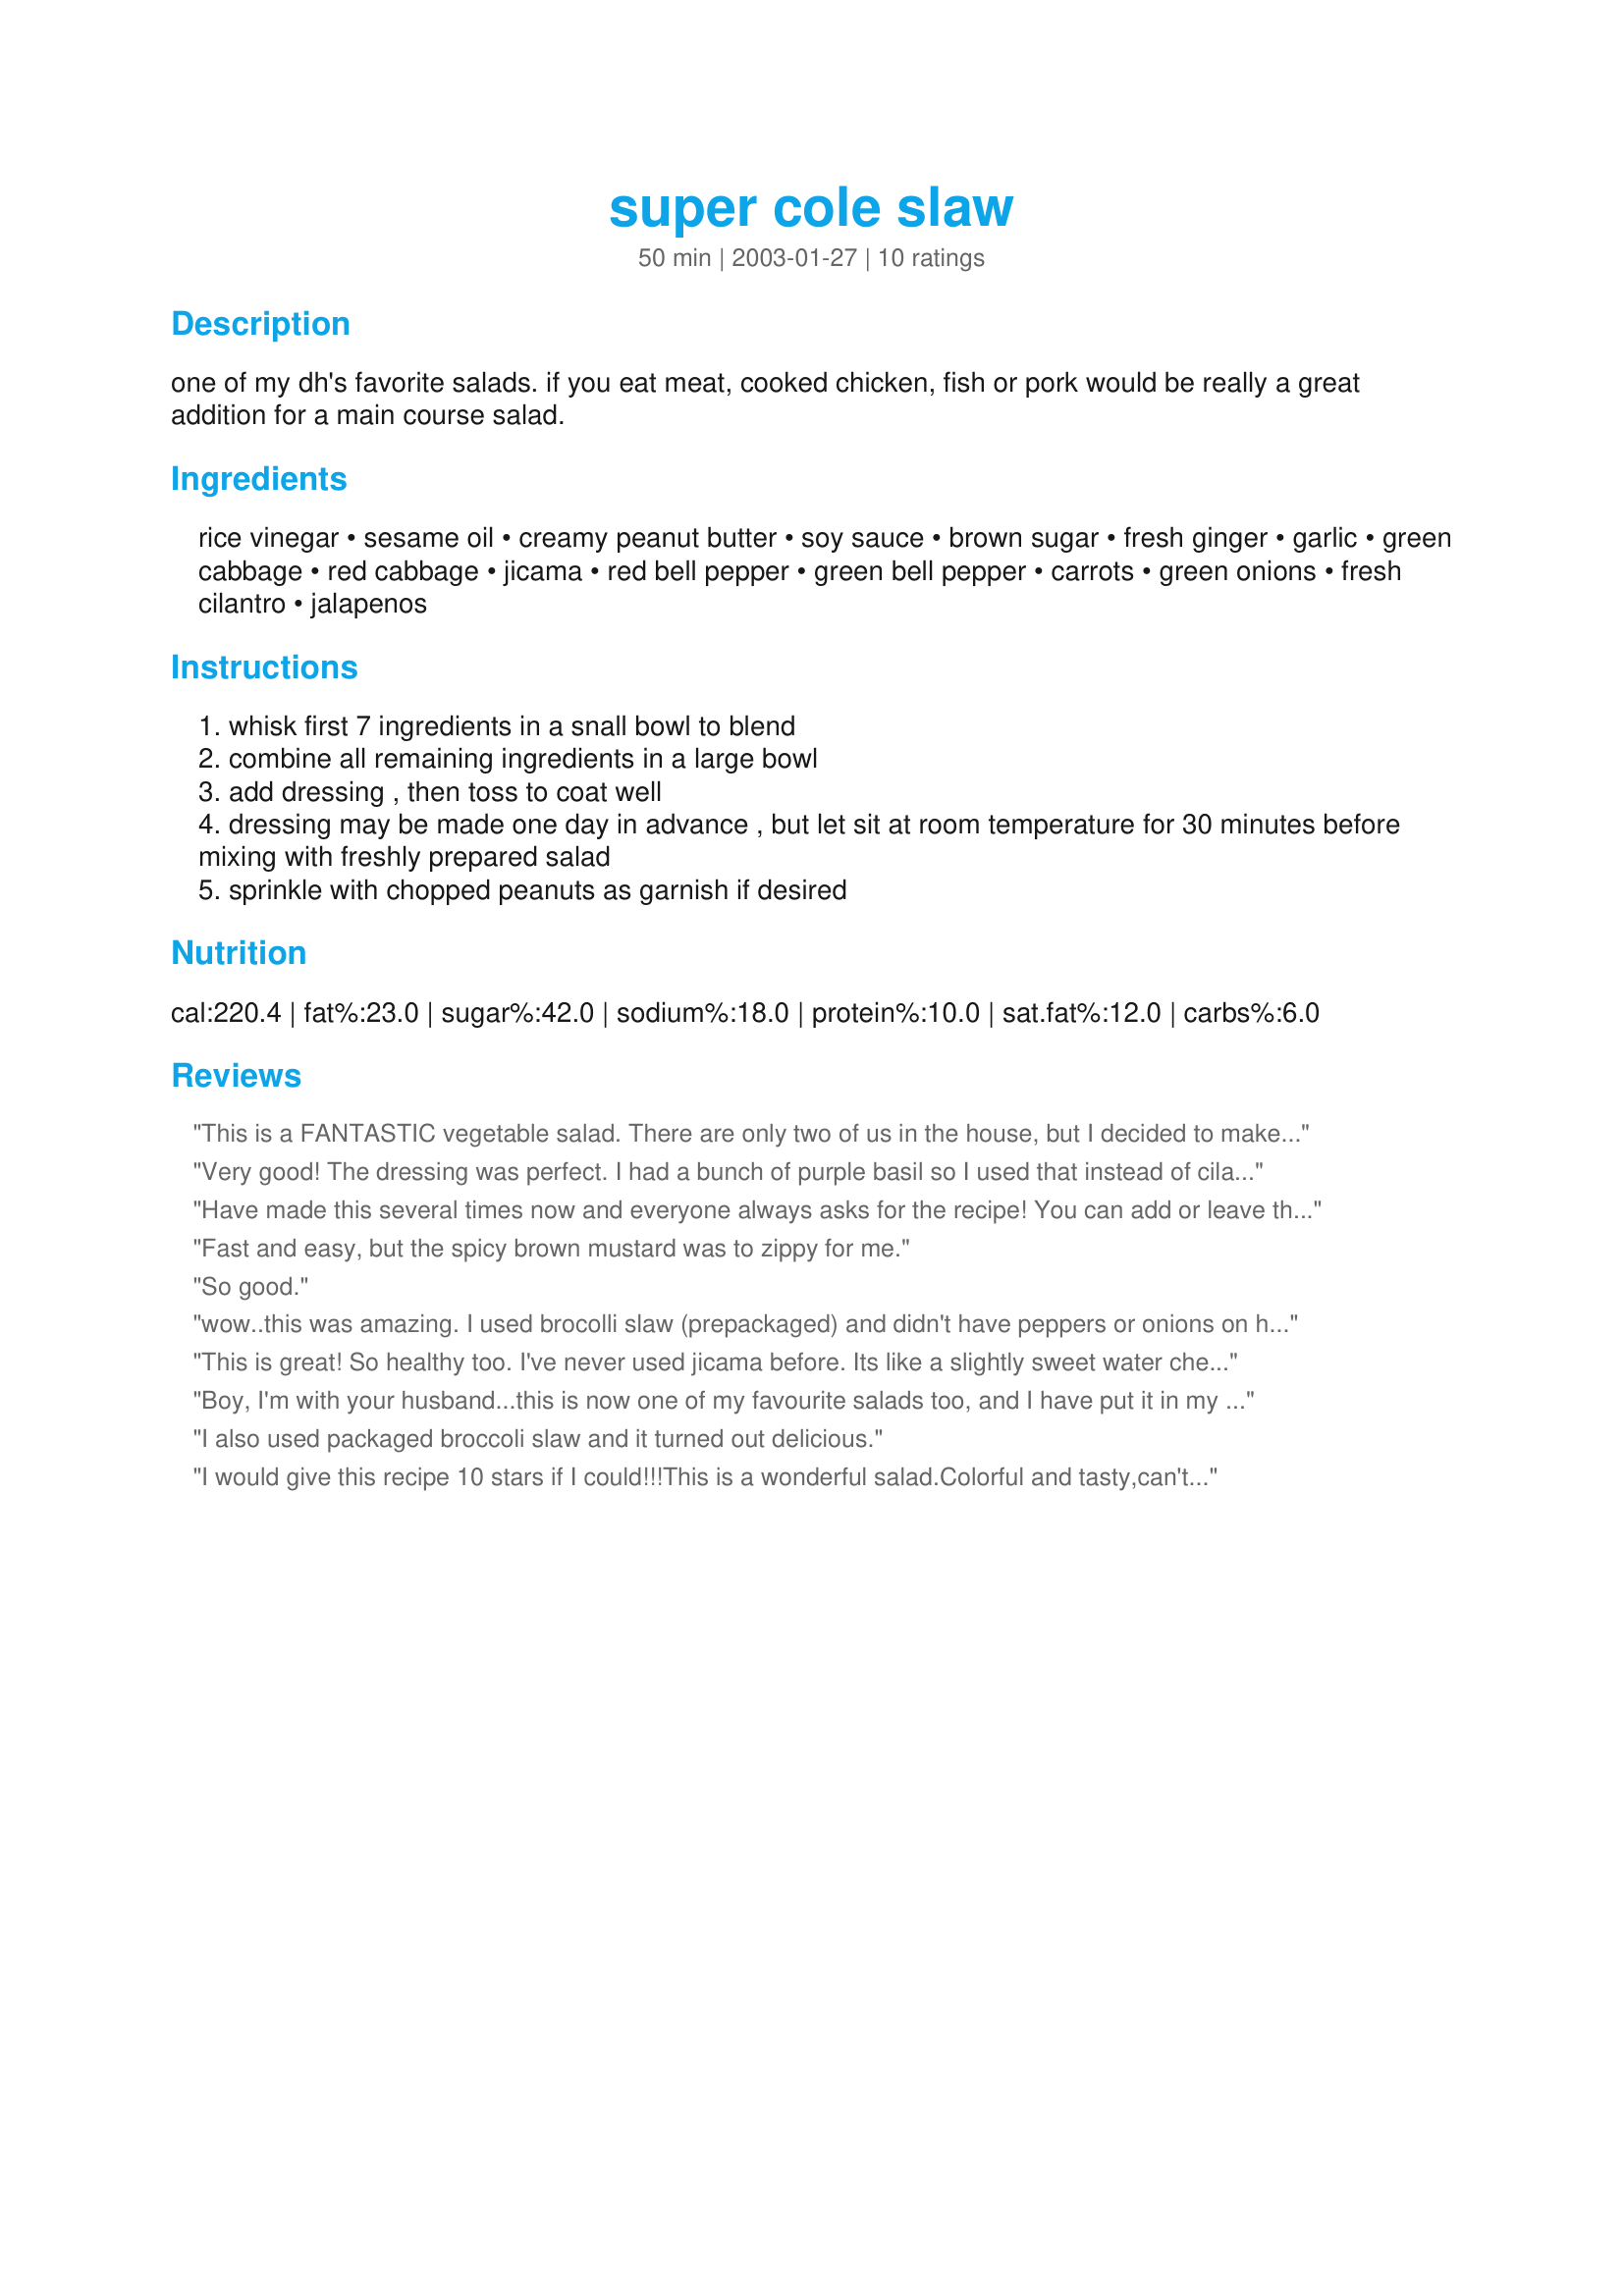
super cole slaw
Preparation time: 50 minutes

one of my dh's favorite salads. if you eat meat, cooked chicken, fish or pork would be really a great addition for a main course salad.

Ingredients:
rice vinegar, sesame oil, creamy peanut butter, soy sauce, brown sugar, fresh ginger, garlic, green cabbage, red cabbage, jicama, red bell pepper, green bell pepper, carrots, green onions, fresh cilantro, jalapenos

Steps:
whisk first 7 ingredients in a snall bowl to blend
combine all remaining ingredients in a large bowl
add dressing , then toss to coat well
dressing may be made one day in advance , but let sit at room temperature for 30 minutes before mixing with freshly prepared salad
sprinkle with chopped peanuts as garnish if desired

Reviews:
This is a FANTASTIC vegetable salad. There are only two of us in the house, but I decided to make the full amount anyway...so glad I did! I didn't have any creamy peanut butter, so I had to use crunchy; I actually liked it that way, though...added even more texture. It seems like the recipe calls for a lot of ginger, garlic, and jalapeno, but I would definitely use the full amount. Thanks for posting this one - it's a winner!
Very good! The dressing was perfect. I had a bunch of purple basil so I used that instead of cilantro. I also used bagged cabbage.
Have made this several times now and everyone always asks for the recipe! You can add or leave things out as you have them or desire; i.e. I've made with and without Jicama (it's a pain to peel & while I like the flavor by itself it kind of gets lost in the salad anyway), green & red peppers (DH doesn't like), onions, celery (not in the recipe but I added it when I didn't use peppers), extra carrots, tomatoes, avocado, etc. I also use about equal amounts green and purple cabbage. If you like spicy I highly recommend either extra jalapenos or leave some of the seeds in (I thought it was way too mild w/ just the two seeded jalapenos). I also like it better with almost double the garlic. And I like red pepper flakes on it. <br/><br/>Dressing: I've substituted chunky peanut butter, almond butter and tahini (my favorite) for peanut butter. I've used stevia instead of brown sugar. I've used 3 TB sesame oil and 3 Grapeseed; I've used all Olive oil; but my favorite is all coconut oil (you have to melt it in the microwave first if solid). I've used Bragg's Amino or Tamari in lieu of regular soy sauce (not only gluten free but more flavor, less 'salty').
Fast and easy, but the spicy brown mustard was to zippy for me.
So good.
wow..this was amazing. I used brocolli slaw (prepackaged) and didn't have peppers or onions on hand...but it still turned out great! Severed it with ginger glazed chicken and it was out of sight. : ) yum.
This is great! So healthy too. I've never used jicama before. Its like a slightly sweet water chestnut. DH loves the recipe too. I skipped the jalepenos, and even without it the ginger has a nice zip. Yum!
Boy, I'm with your husband...this is now one of my favourite salads too, and I have put it in my "Best of the Best" cookbook. I used canola oil and 1 tsp of toasted sesame oil because I didn't have any regular sesame oil. The dressing alone could be used in any recipe calling for asian dressing. This recipe makes a lot for our small family, but I found that the salad held up well till the next day.
I also used packaged broccoli slaw and it turned out delicious.
I would give this recipe 10 stars if I could!!!This is a wonderful salad.Colorful and tasty,can't get any better than this!!!Thanks for sharing.I will be making this alot.I loved the dressing,very GOOD.
